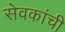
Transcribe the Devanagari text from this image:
सेवकांची